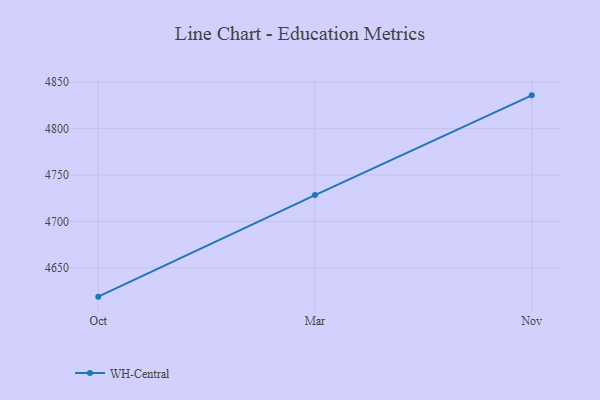
{"axis": {"x": "Month", "y": "Latency (ms)"}, "legend": ["WH-Central"], "data": [{"x": "Oct", "y": 4618.9, "type": "WH-Central"}, {"x": "Mar", "y": 4728.4, "type": "WH-Central"}, {"x": "Nov", "y": 4835.9, "type": "WH-Central"}]}